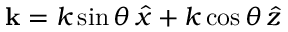
{ \bf k } = k \sin \theta \, \hat { x } + k \cos \theta \, \hat { z }